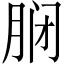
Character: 𫆝